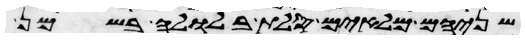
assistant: שניהם מלאים סלת בלולה בשמן